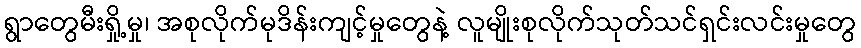
ရွာတွေမီးရှို့မှု၊ အစုလိုက်မုဒိန်းကျင့်မှုတွေနဲ့ လူမျိုးစုလိုက်သုတ်သင်ရှင်းလင်းမှုတွေ